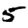
Digit: 5